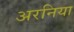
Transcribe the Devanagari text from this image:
अरनिया